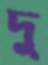
দু